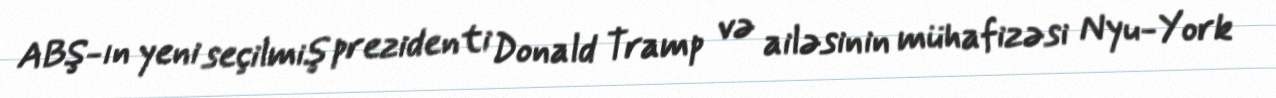
ABŞ-ın yeni seçilmiş prezidenti Donald Tramp və ailəsinin mühafizəsi Nyu-York